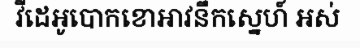
វីដេអូបោកខោអាវនឹកស្នេហ៍ អស់